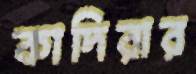
কাদিরার